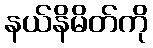
နယ်နိမိတ်ကို